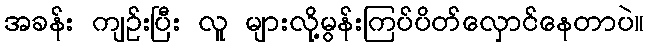
အခန်း ကျဉ်းပြီး လူ များလို့မွန်းကြပ်ပိတ်လှောင်နေတာပဲ။